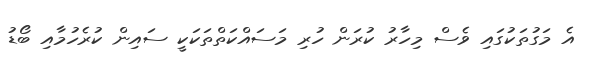
އެ މަގުތަކުގައި ވެސް މިހާރު ކުރަން ހުރި މަސައްކަތްތަކަކީ ސައިން ކުރެހުމާއި ބޯޑު